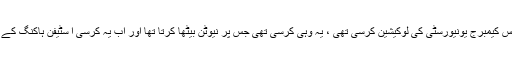
ان کے پاس کیمبرج یونیورسٹی کی لوکیشین کرسی تھی ، یہ وہی کرسی تھی جس پر نیوٹن بیٹھا کرتا تھا اور اب یہ کرسی ا سٹیفن ہاکنگ کے پاس ہے۔